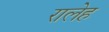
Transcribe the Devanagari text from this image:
रालेह